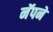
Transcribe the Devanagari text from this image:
नॅपने